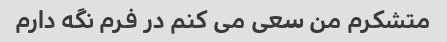
متشکرم من سعی می کنم در فرم نگه دارم